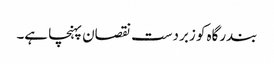
بندرگاہ کو زبردست نقصان پہنچا ہے۔